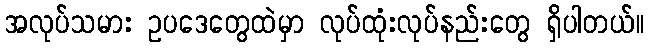
အလုပ်သမား ဥပဒေတွေထဲမှာ လုပ်ထုံးလုပ်နည်းတွေ ရှိပါတယ်။